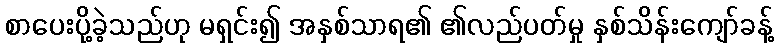
စာပေးပို့ခဲ့သည်ဟု မရှင်း၍ အနှစ်သာရ၏ ၏လည်ပတ်မှု နှစ်သိန်းကျော်ခန့်